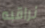
نراقبه